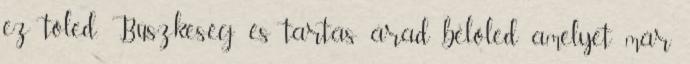
ez tőled. Büszkeség és tartás árad belőled amelyet már